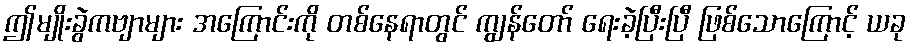
ဤမျိုးခွဲကဗျာများ အကြောင်းကို တစ်နေရာတွင် ကျွန်တော် ရေးခဲ့ပြီးပြီ ဖြစ်သောကြောင့် ယခု